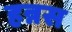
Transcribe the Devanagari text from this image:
हन्नस